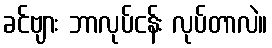
ခင်ဗျား ဘာလုပ်ငန်း လုပ်တာလဲ။